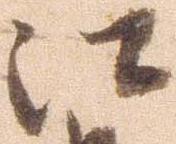
江